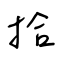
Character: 拾